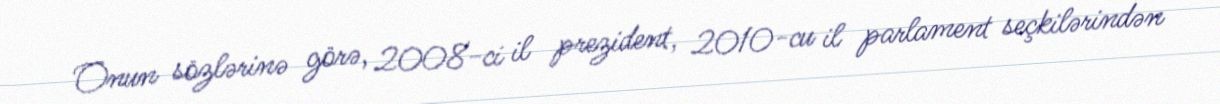
Onun sözlərinə görə, 2008-ci il prezident, 2010-cu il parlament seçkilərindən